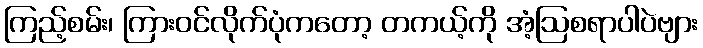
ကြည့်စမ်း၊ ကြားဝင်လိုက်ပုံကတော့ တကယ့်ကို အံ့ဩစရာပါပဲဗျား